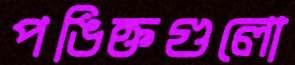
পঙিক্তগুলো